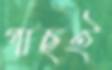
গাছই